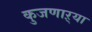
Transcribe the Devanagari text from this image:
कुजणाऱ्या